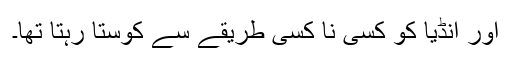
اور انڈیا کو کسی نا کسی طریقے سے کوستا رہتا تھا۔